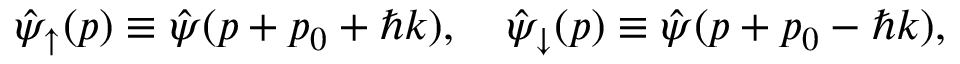
\hat { \psi } _ { \uparrow } ( p ) \equiv \hat { \psi } ( p + p _ { 0 } + \hbar k ) , \quad \hat { \psi } _ { \downarrow } ( p ) \equiv \hat { \psi } ( p + p _ { 0 } - \hbar k ) ,